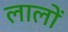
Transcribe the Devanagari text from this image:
लालों